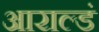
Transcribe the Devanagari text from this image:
आराल्डं